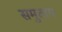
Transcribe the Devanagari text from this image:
समुताय